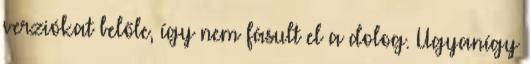
verziókat belőle, így nem fásult el a dolog. Ugyanígy